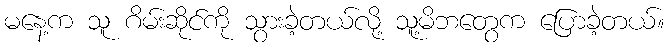
မနေ့က သူ ဂိမ်းဆိုင်ကို သွားခဲ့တယ်လို့ သူ့မိဘတွေက ပြောခဲ့တယ်။